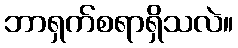
ဘာရှက်စရာရှိသလဲ။